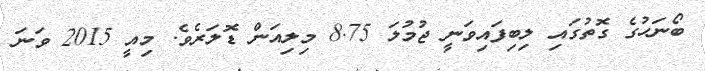
ބޯނަހުގެ ގޮތުގައި ލިބިފައިވަނީ ޖުމުލަ 8.75 މިލިއަން ޑޮލަރެވެ. މިއީ 2015 ވަނަ